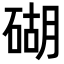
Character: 𥔓